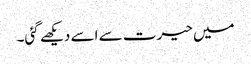
میں حیرت سے اسے دیکھے گئی۔